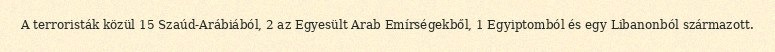
A terroristák közül 15 Szaúd-Arábiából, 2 az Egyesült Arab Emírségekből, 1 Egyiptomból és egy Libanonból származott.